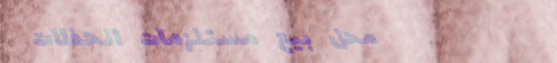
محل بيع مستلزمات الحفلات